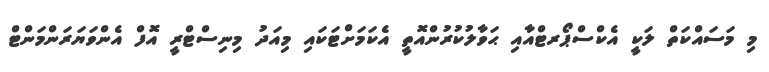
މި މަސައްކަތް ލަކީ އެކްސްޕޯރޓްއާއި ޙަވާލުކުރުންއޮތީ އެކަމަށްޓަކައި މިއަދު މިނިސްޓްރީ އޮފް އެންވަޔަރަންމަންޓް